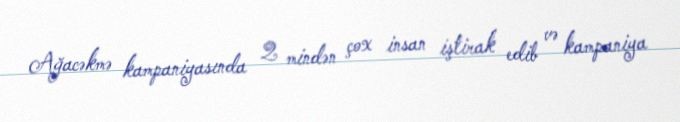
Ağacəkmə kampaniyasında 2 mindən çox insan iştirak edib və kampaniya